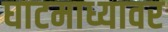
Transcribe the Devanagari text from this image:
घाटमाध्यावर